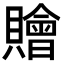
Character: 𧸤